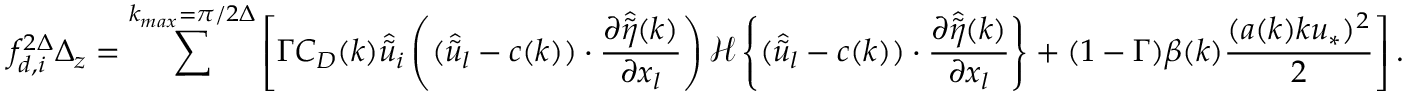
{ f _ { d , i } ^ { 2 \Delta } } \Delta _ { z } = \sum ^ { k _ { m a x } = \pi / 2 \Delta } \left[ \Gamma C _ { D } ( k ) \widehat { \widetilde { u } } _ { i } \left( ( \widehat { \widetilde { u } } _ { l } - c ( k ) ) \cdot \frac { \partial \widehat { \widetilde { \eta } } ( k ) } { \partial x _ { l } } \right) { \mathcal { H } \left\{ ( \widehat { \widetilde { u } } _ { l } - c ( k ) ) \cdot \frac { \partial \widehat { \widetilde { \eta } } ( k ) } { \partial x _ { l } } \right\} } + ( 1 - \Gamma ) \beta ( k ) \frac { ( a ( k ) k u _ { * } ) ^ { 2 } } { 2 } \right] .